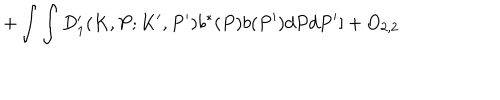
+ \int \int D _ { 1 } ^ { \prime } ( K , P ; K ^ { \prime } , P ^ { \prime } ) b ^ { \ast } ( P ) b ( P ^ { \prime } ) d P d P ^ { \prime } ] + O _ { 2 , 2 }